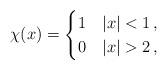
LaTeX: \begin{align*} \chi(x) =\begin{cases} 1 & |x|<1 \,, \\ 0 & |x|>2\,,\end{cases}\end{align*}